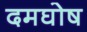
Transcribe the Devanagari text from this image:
दमघोष